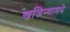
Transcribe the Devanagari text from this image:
खजिन्यामधे